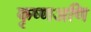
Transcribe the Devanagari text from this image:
कृष्णअणि